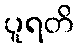
ပူရတိ